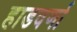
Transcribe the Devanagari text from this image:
हाडवर्णा